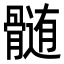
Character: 髄